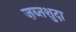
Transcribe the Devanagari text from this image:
ज़ब्तशुदा